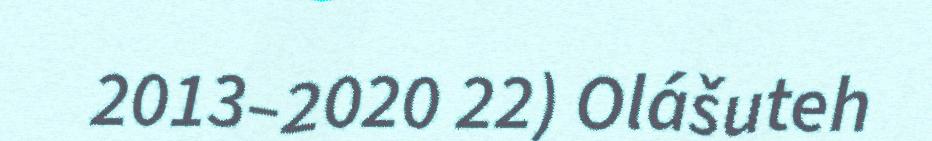
2013–2020 22) Olášuteh